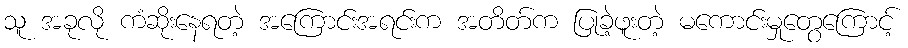
သူ အခုလို ကံဆိုးနေရတဲ့ အကြောင်းအရင်းက အတိတ်က ပြုခဲ့ဖူးတဲ့ မကောင်းမှုတွေကြောင့်